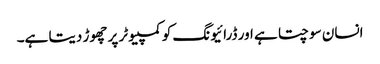
انسان سوچتا ہے اور ڈرائیونگ کو کمپیوٹر پر چھوڑ دیتا ہے۔